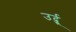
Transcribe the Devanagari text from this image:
उर्दुू